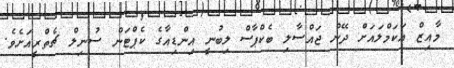
މާއިޒް އަކަމްލައަަށް ދޭން ޖައްސާލި ބެކްޕާސް ލިބުނީ އިންޑިއާގެ ކެޕްޓަން ސުނިލް ޗެތްރީއަށެވެ.